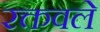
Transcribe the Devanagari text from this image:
रक्तवले